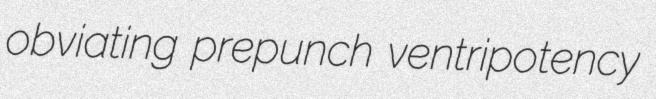
obviating prepunch ventripotency